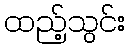
ထည့်သွင်း